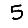
Digit: 5